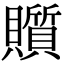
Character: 𧸲